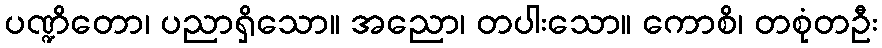
ပဏ္ဍိတော၊ ပညာရှိသော။ အညော၊ တပါးသော။ ကောစိ၊ တစုံတဦး